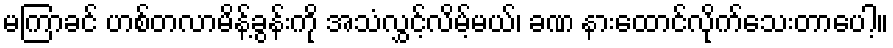
မကြာခင် ဟစ်တလာမိန့်ခွန်းကို အသံလွှင့်လိမ့်မယ်၊ ခဏ နားထောင်လိုက်သေးတာပေါ့။